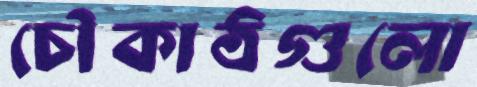
চৌকাঠগুলো